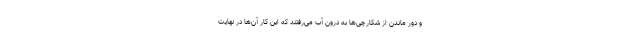
و دور ماندن از شکارچی‌ها به درون آب می‌رفتند که این کار آن‌ها در نهایت